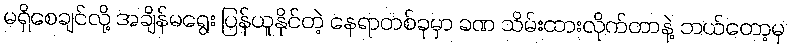
မရှိစေချင်လို့ အချိန်မရွေး ပြန်ယူနိုင်တဲ့ နေရာတစ်ခုမှာ ခဏ သိမ်းထားလိုက်တာနဲ့ ဘယ်တော့မှ